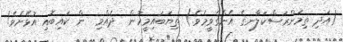
(އަދި ތިމަންރަސްކަލާނގެ އެންގެވީމެވެ.) ތިޔަބައިމީހުން  ދެއްވި  ން ކައިބޮއި އުޅޭށެވެ!